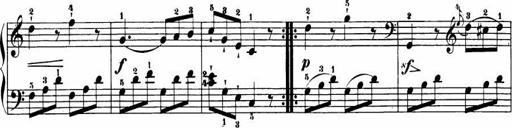
Title: Le bouquetier
Composer: Anton Diabelli
Key: G major
 C major
 F major
 C major